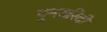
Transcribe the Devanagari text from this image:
पुनर्खरेदी